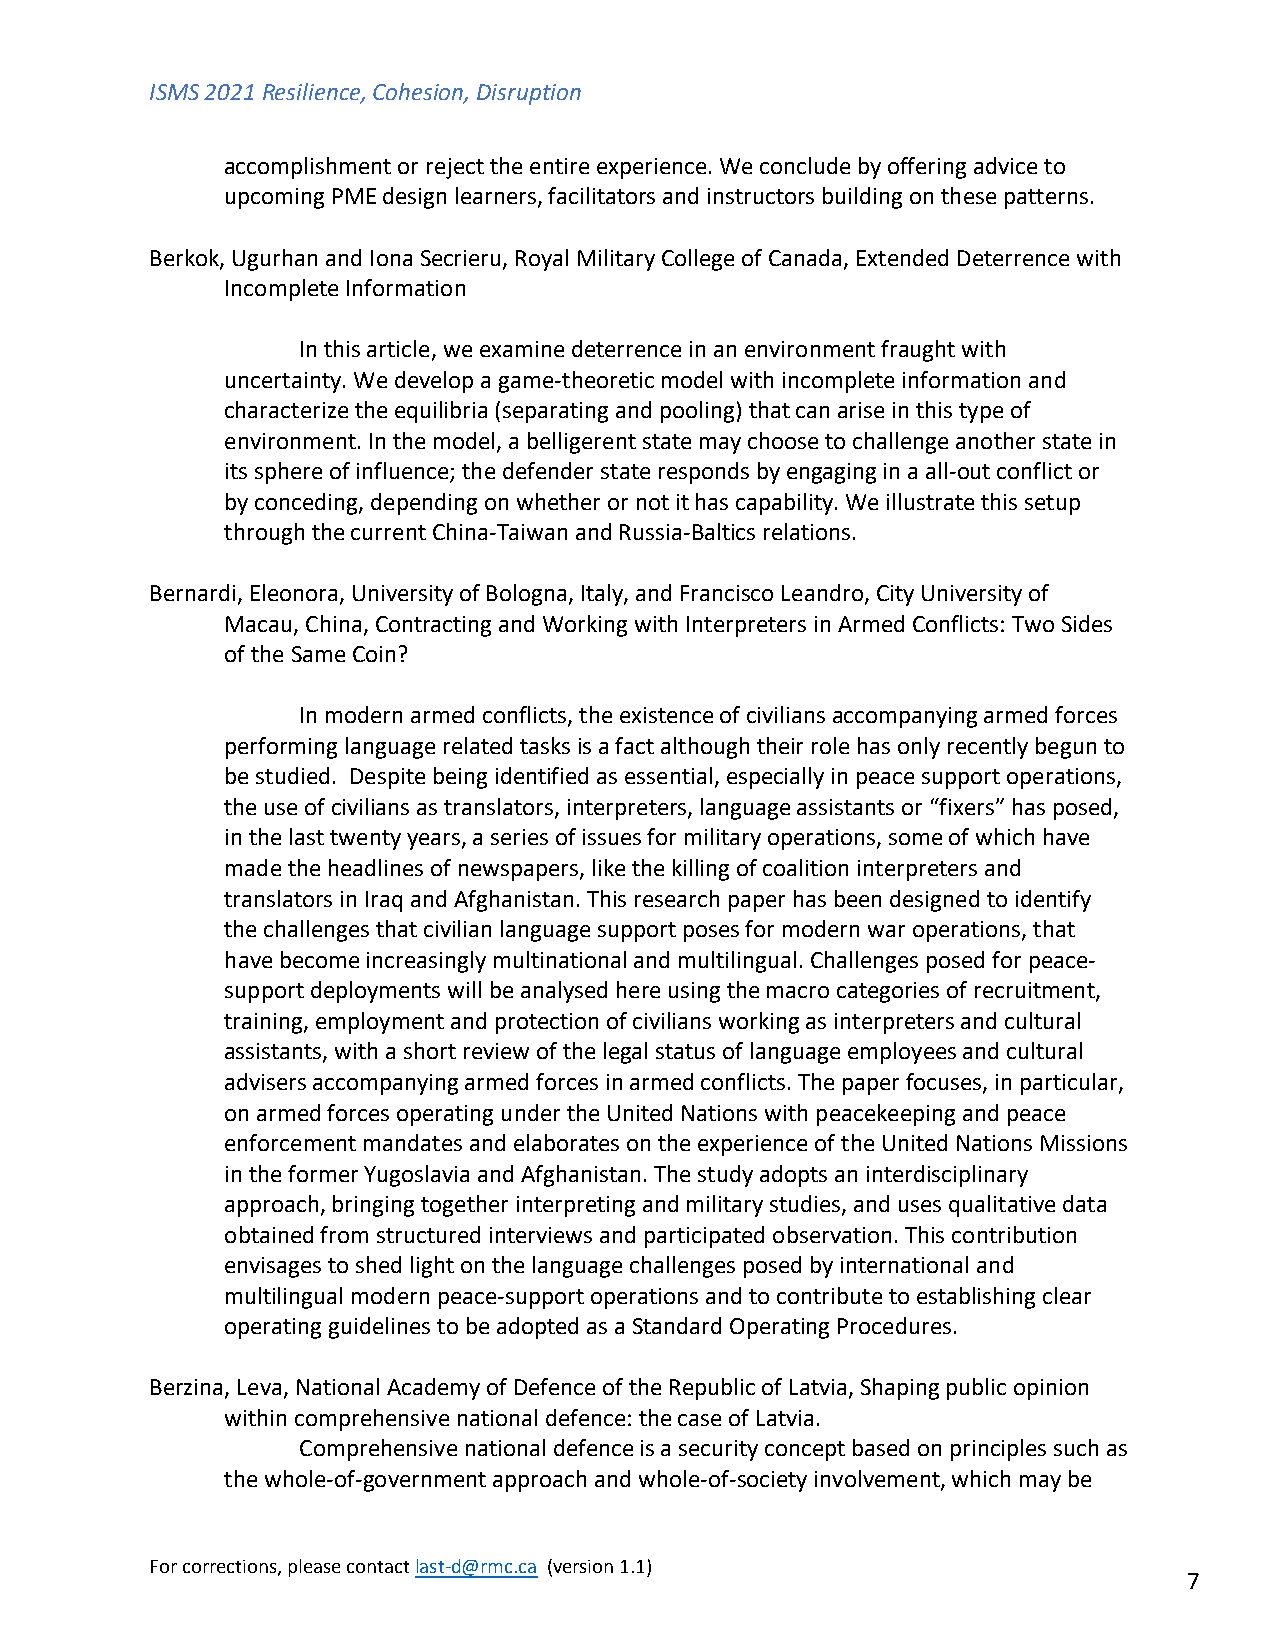
ISMS 2021 Resilience, Cohesion, Disruption
 accomplishment or reject the entire experience. We conclude by offering advice to
 upcoming PME design learners, facilitators and instructors building on these patterns.
 Berkok, Ugurhan and Iona Secrieru, Royal Military College of Canada, Extended Deterrence with
 Incomplete Information
 In this article, we examine deterrence in an environment fraught with
 uncertainty. We develop a game-theoretic model with incomplete information and
 characterize the equilibria (separating and pooling) that can arise in this type of
 environment. In the model, a belligerent state may choose to challenge another state in
 its sphere of influence; the defender state responds by engaging in a all-out conflict or
 by conceding, depending on whether or not it has capability. We illustrate this setup
 through the current China-Taiwan and Russia-Baltics relations.
 Bernardi, Eleonora, University of Bologna, Italy, and Francisco Leandro, City University of
 Macau, China, Contracting and Working with Interpreters in Armed Conflicts: Two Sides
 of the Same Coin?
 In modern armed conflicts, the existence of civilians accompanying armed forces
 performing language related tasks is a fact although their role has only recently begun to
 be studied. Despite being identified as essential, especially in peace support operations,
 the use of civilians as translators, interpreters, language assistants or “fixers” has posed,
 in the last twenty years, a series of issues for military operations, some of which have
 made the headlines of newspapers, like the killing of coalition interpreters and
 translators in Iraq and Afghanistan. This research paper has been designed to identify
 the challenges that civilian language support poses for modern war operations, that
 have become increasingly multinational and multilingual. Challenges posed for peace-
 support deployments will be analysed here using the macro categories of recruitment,
 training, employment and protection of civilians working as interpreters and cultural
 assistants, with a short review of the legal status of language employees and cultural
 advisers accompanying armed forces in armed conflicts. The paper focuses, in particular,
 on armed forces operating under the United Nations with peacekeeping and peace
 enforcement mandates and elaborates on the experience of the United Nations Missions
 in the former Yugoslavia and Afghanistan. The study adopts an interdisciplinary
 approach, bringing together interpreting and military studies, and uses qualitative data
 obtained from structured interviews and participated observation. This contribution
 envisages to shed light on the language challenges posed by international and
 multilingual modern peace-support operations and to contribute to establishing clear
 operating guidelines to be adopted as a Standard Operating Procedures.
 Berzina, Leva, National Academy of Defence of the Republic of Latvia, Shaping public opinion
 within comprehensive national defence: the case of Latvia.
 Comprehensive national defence is a security concept based on principles such as
 the whole-of-government approach and whole-of-society involvement, which may be
 For corrections, please contact last-d@rmc.ca (version 1.1)
 7